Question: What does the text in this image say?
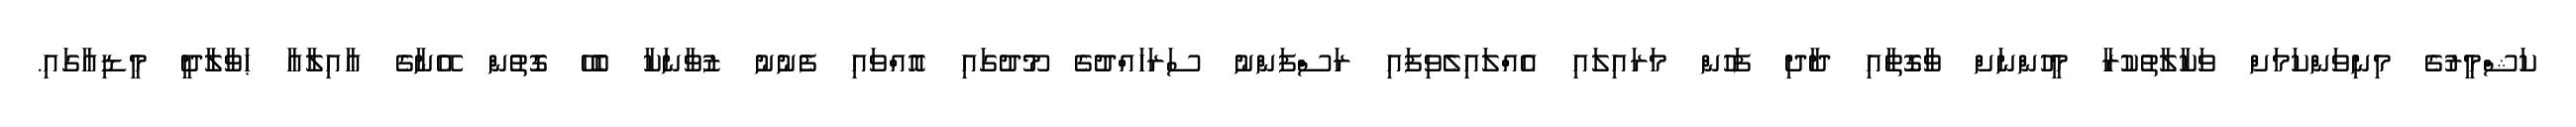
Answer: ކަޝްމީރުގެ މިނިވަންކަމަށް ވަކާލާތުކުރާ މީހުންނަށް ވާގޮތާއި ދާދި ފަހުން މަރައިލައި އެއްލައިލެވިފައި ރަސްފަންނު ސަރަހައްދުގެ މޫދުގައި އޮއްވައި ފެނުނު ޒުވާނަކާ ބެހޭ ގޮތުން އޭނާގެ ޢާއިލާއާ ޙަވާލާދީ މީޑިއާގައި.